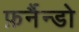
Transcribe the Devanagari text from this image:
फ़र्नैन्डो